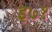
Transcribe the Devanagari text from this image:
इ७१